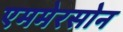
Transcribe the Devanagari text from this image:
एममेरसोन